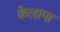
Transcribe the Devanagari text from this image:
केलापा